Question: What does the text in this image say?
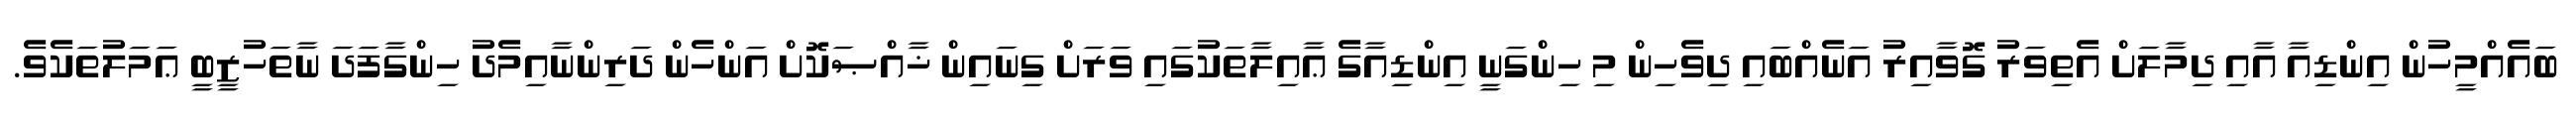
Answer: ބައެއްމީހުން އިންޑިއާ އާއި ދިމާލަށް އެތިވަރު ގޮވާއިރު އަނެއްބައި ދިވެހިން މި ހިންގަނީ އިންޑިއާގެ ޢާއިލާތަކުގައި ވަރަށް ގިނައިން ޚާއްޞަކޮށް އަންހެން ދަރިންނާއިމެދު ހިންގާފަދަ ނާތަހުޒީބީ ޢަމަލުތަކެވެ.